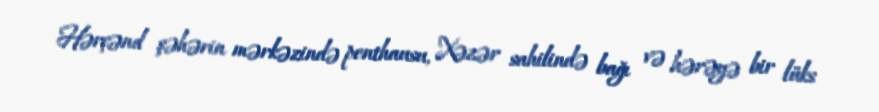
Hərçənd şəhərin mərkəzində penthausu, Xəzər sahilində bağı və hərəyə bir lüks